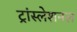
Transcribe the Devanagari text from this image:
ट्रांस्लेशनल